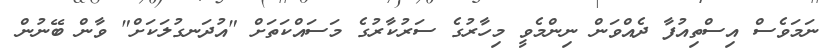
ނަމަވެސް އިސްތިއުފާ ދެއްވަން ނިންމެވީ މިހާރުގެ ސަރުކާރުގެ މަސައްކަތަށް "އުދަނގުލަކަށް" ވާން ބޭނުން